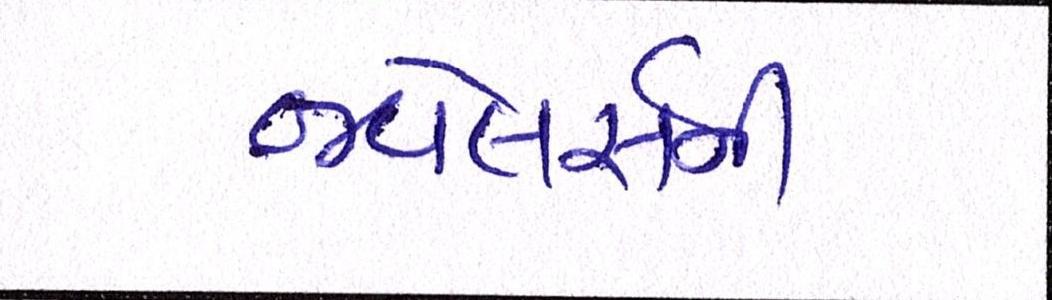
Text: જ્વેલર્સની